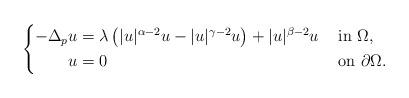
LaTeX: \begin{align*}\left\{\begin{aligned} -\Delta_p u &= \lambda \left( |u|^{\alpha-2}u - |u|^{\gamma-2}u \right) + |u|^{\beta-2}u && \mbox{ in } \Omega, \\ u &= 0 && \mbox{ on } \partial\Omega.\end{aligned}\right.\end{align*}